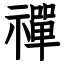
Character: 禪